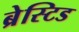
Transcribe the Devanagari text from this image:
ब्रेस्टिड